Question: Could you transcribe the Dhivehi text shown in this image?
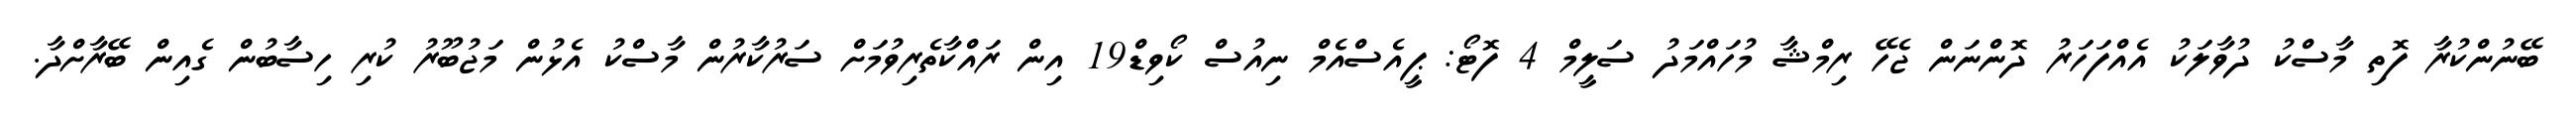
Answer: ބޭނުންކުރާ ފޮތި މާސްކު ދުވާލަކު އެއްފަހަރު ދޮންނަން ޖެހޭ ރިމްޝާ މުހައްމަދު ސަލީމް 4 ފޮޓޯ: ޕީއެސްއެމް ނިއުސް ކޯވިޑް19 އިން ރައްކާތެރިވުމަށް ސަރުކާރުން މާސްކު އެޅުން މަޖުބޫރު ކުރި ހިސާބުން ގެއިން ބޭރާށްދާ.